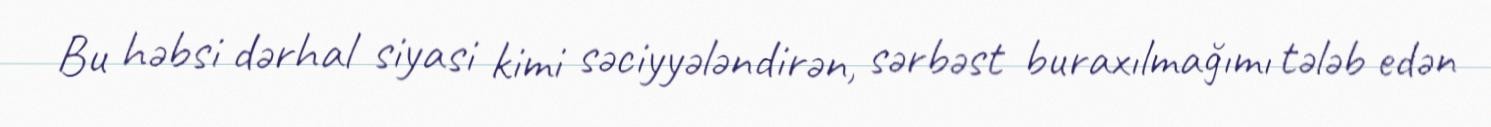
Bu həbsi dərhal siyasi kimi səciyyələndirən, sərbəst buraxılmağımı tələb edən